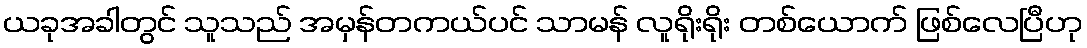
ယခုအခါတွင် သူသည် အမှန်တကယ်ပင် သာမန် လူရိုးရိုး တစ်ယောက် ဖြစ်လေပြီဟု